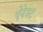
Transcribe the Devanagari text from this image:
ऐरेस्ट